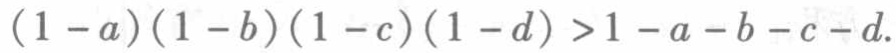
\((1 - a)(1 - b)(1 - c)(1 - d) > 1 - a - b - c - d\)